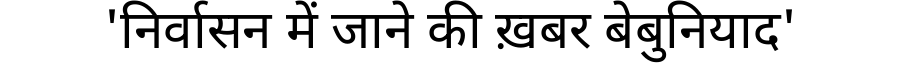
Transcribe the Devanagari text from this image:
'निर्वासन में जाने की ख़बर बेबुनियाद'